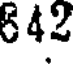
642